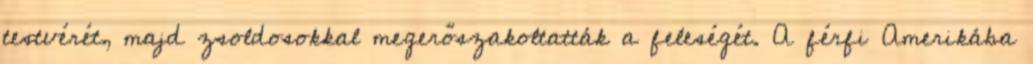
testvérét, majd zsoldosokkal megerőszakoltatták a feleségét. A férfi Amerikába